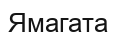
Ямагата